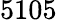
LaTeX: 5105